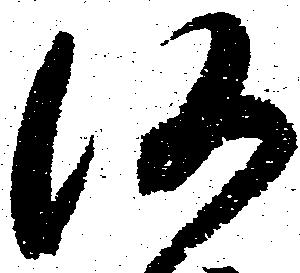
仍